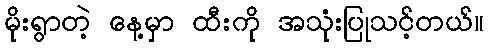
မိုးရွာတဲ့ နေ့မှာ ထီးကို အသုံးပြုသင့်တယ်။